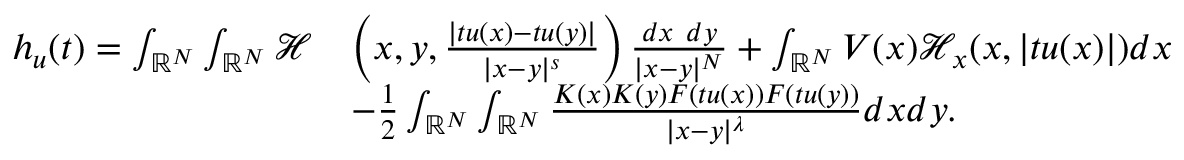
\begin{array} { r l } { h _ { u } ( t ) = \int _ { { \mathbb R } ^ { N } } \int _ { { \mathbb R } ^ { N } } \mathcal { H } } & { \left( x , y , \frac { | t u ( x ) - t u ( y ) | } { | x - y | ^ { s } } \right) \frac { d x \ d y } { | x - y | ^ { N } } + \int _ { { \mathbb R } ^ { N } } V ( x ) \mathcal { H } _ { x } ( x , | t u ( x ) | ) d x } \\ & { - \frac { 1 } { 2 } \int _ { { \mathbb R } ^ { N } } \int _ { { \mathbb R } ^ { N } } \frac { K ( x ) K ( y ) F ( t u ( x ) ) F ( t u ( y ) ) } { | x - y | ^ { \lambda } } d x d y . } \end{array}